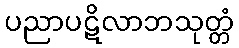
ပညာပဋိလာဘသုတ္တံ